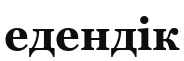
едендік